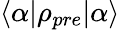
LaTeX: \langle\alpha|\rho_{pre}|\alpha\rangle